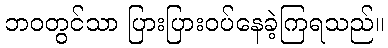
ဘဝတွင်သာ ပြားပြားဝပ်နေခဲ့ကြရသည်။